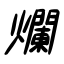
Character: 爛